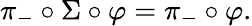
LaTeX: \pi_{-}\circ\Sigma\circ\varphi=\pi_{-}\circ\varphi.